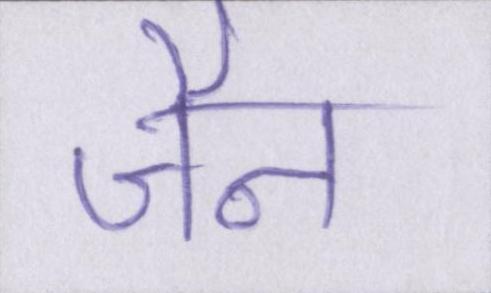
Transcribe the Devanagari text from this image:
जैन